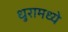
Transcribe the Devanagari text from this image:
धुरामध्ये